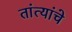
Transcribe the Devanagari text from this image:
तांत्यांचे